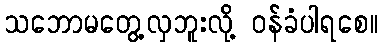
သဘောမတွေ့လှဘူးလို့ ဝန်ခံပါရစေ။